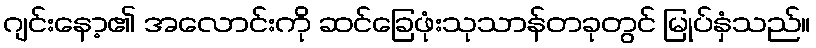
ဂျင်းနော့၏ အလောင်းကို ဆင်ခြေဖုံးသုသာန်တခုတွင် မြုပ်နှံသည်။